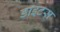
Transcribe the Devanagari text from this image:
डाइटस